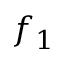
f _ { 1 }